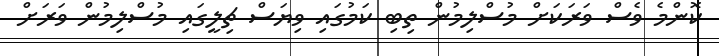
ކޮންމެ ވެސް ވަރަކަށް މުސްލިމުން ތިބި ކަމުގައި ވިޔަސް ޗިލީގައި މުސްލިމުން ވަރަށް